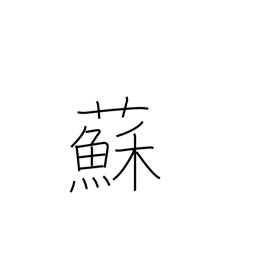
Meaning: perilla